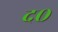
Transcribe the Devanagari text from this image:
द०